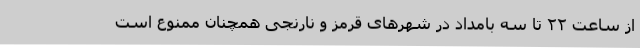
از ساعت ۲۲ تا سه بامداد در شهرهای قرمز و نارنجی همچنان ممنوع است